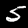
Digit: 5